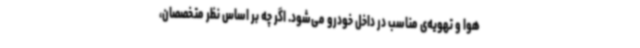
هوا و تهویه‌ی مناسب در داخل خودرو می‌شود. اگر چه بر اساس نظر متخصصان،